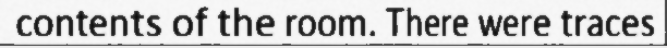
contents of the room. There were traces